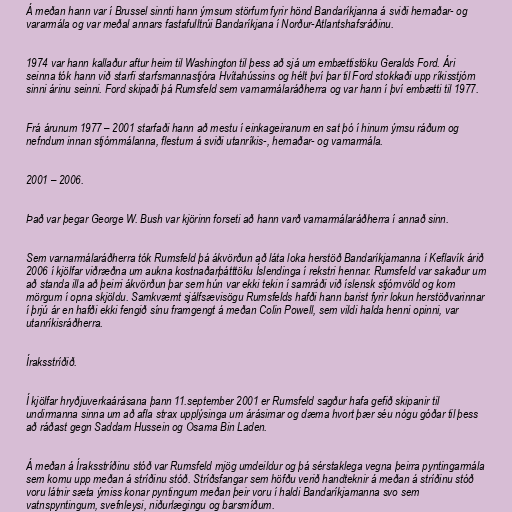
Á meðan hann var í Brussel sinnti hann ýmsum störfum fyrir hönd Bandaríkjanna á sviði hernaðar- og
vararmála og var meðal annars fastafulltrúi Bandaríkjana í Norður-Atlantshafsráðinu.

1974 var hann kallaður aftur heim til Washington til þess að sjá um embættistöku Geralds Ford. Ári
seinna tók hann við starfi starfsmannastjóra Hvítahússins og hélt því þar til Ford stokkaði upp ríkisstjórn
sinni árinu seinni. Ford skipaði þá Rumsfeld sem varnarmálaráðherra og var hann í því embætti til 1977.

Frá árunum 1977 – 2001 starfaði hann að mestu í einkageiranum en sat þó í hinum ýmsu ráðum og
nefndum innan stjórnmálanna, flestum á sviði utanríkis-, hernaðar- og varnarmála.

2001 – 2006.

Það var þegar George W. Bush var kjörinn forseti að hann varð varnarmálaráðherra í annað sinn.

Sem varnarmálaráðherra tók Rumsfeld þá ákvörðun að láta loka herstöð Bandaríkjamanna í Keflavík árið
2006 í kjölfar viðræðna um aukna kostnaðarþátttöku Íslendinga í rekstri hennar. Rumsfeld var sakaður um
að standa illa að þeirri ákvörðun þar sem hún var ekki tekin í samráði við íslensk stjórnvöld og kom
mörgum í opna skjöldu. Samkvæmt sjálfsævisögu Rumsfelds hafði hann barist fyrir lokun herstöðvarinnar
í þrjú ár en hafði ekki fengið sínu framgengt á meðan Colin Powell, sem vildi halda henni opinni, var
utanríkisráðherra.

Íraksstríðið.

Í kjölfar hryðjuverkaárásana þann 11.september 2001 er Rumsfeld sagður hafa gefið skipanir til
undirmanna sinna um að afla strax upplýsinga um árásirnar og dæma hvort þær séu nógu góðar til þess
að ráðast gegn Saddam Hussein og Osama Bin Laden.

Á meðan á Íraksstríðinu stóð var Rumsfeld mjög umdeildur og þá sérstaklega vegna þeirra pyntingarmála
sem komu upp meðan á stríðinu stóð. Stríðsfangar sem höfðu verið handteknir á meðan á stríðinu stóð
voru látnir sæta ýmiss konar pyntingum meðan þeir voru í haldi Bandaríkjamanna svo sem
vatnspyntingum, svefnleysi, niðurlægingu og barsmíðum.